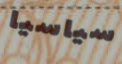
سياسيا